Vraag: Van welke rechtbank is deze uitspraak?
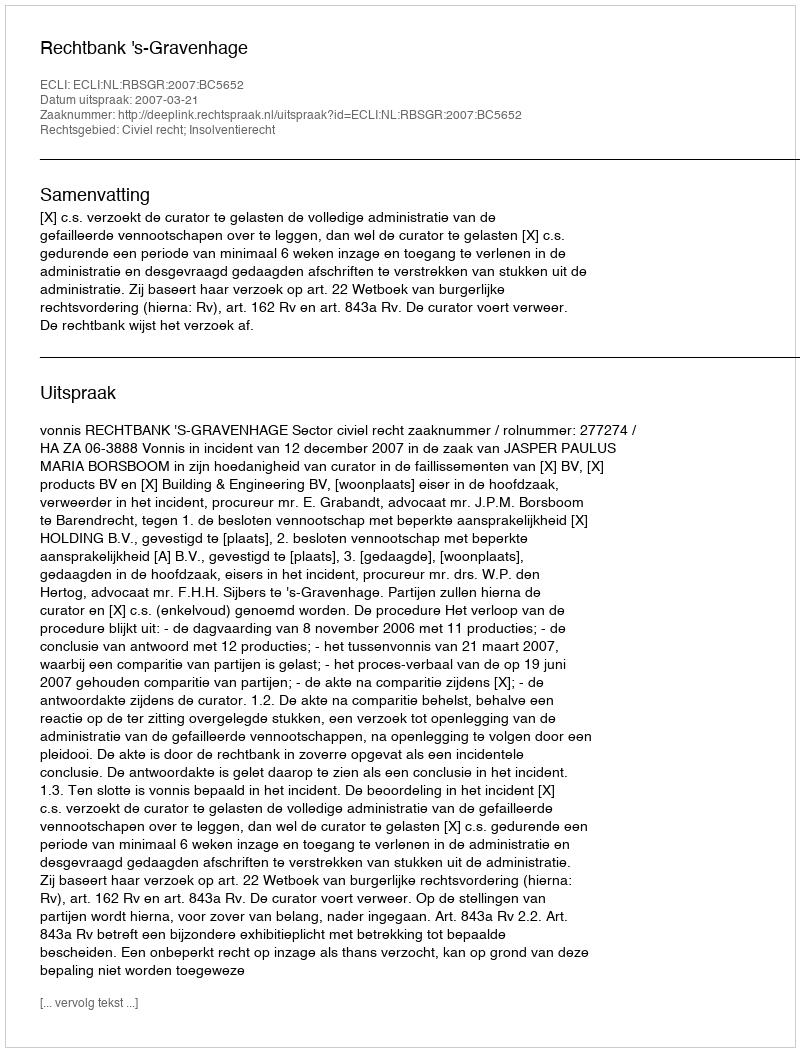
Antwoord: Rechtbank 's-Gravenhage